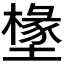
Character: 𭏷